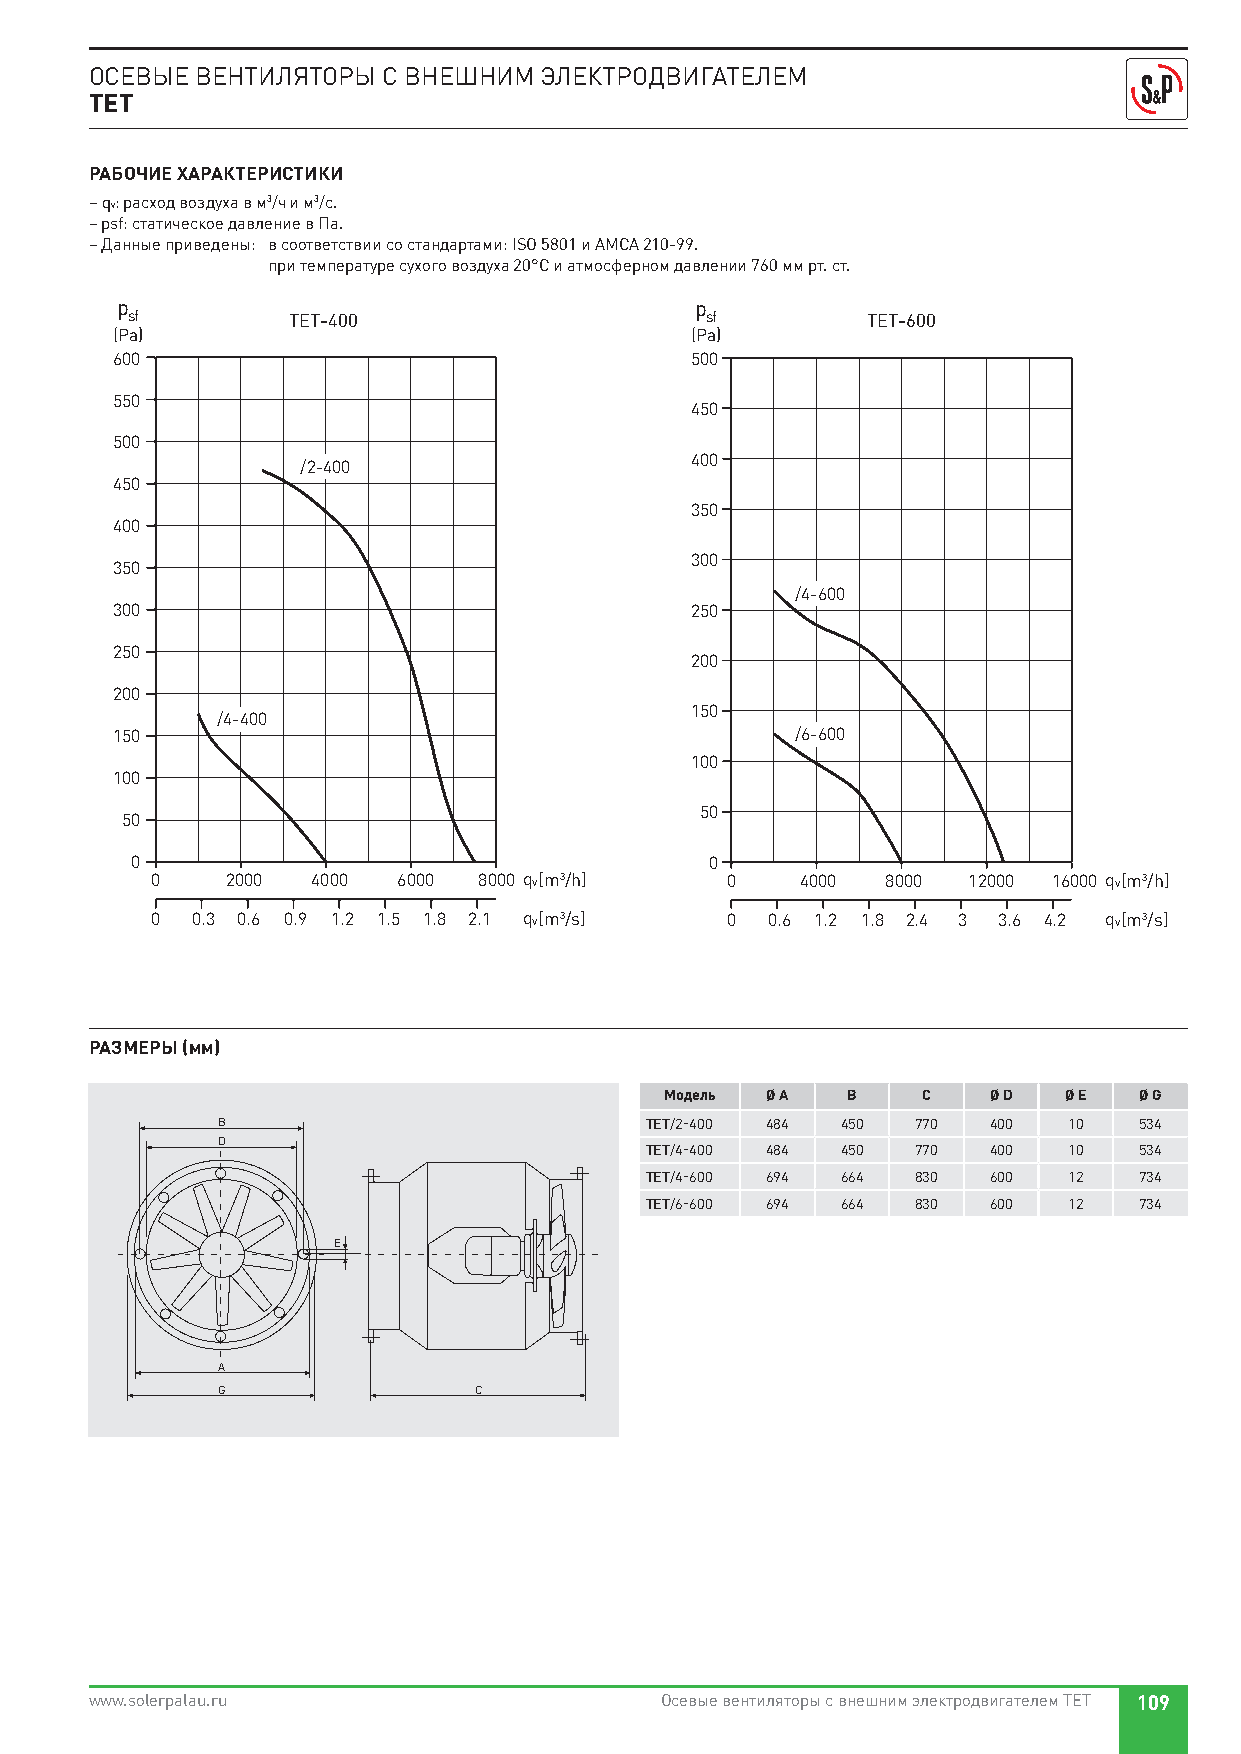
ОСЕВЫЕ ВЕНТИЛЯТОРЫ С ВНЕШНИМ  ЭЛЕКТРОДВИГАТЕЛЕМ
 TET
 РАБОЧИЕ ХАРАКТЕРИСТИКИ
 – qv: расход воздуха в м3/ч и м3/с.
 – psf: статическое давление в Па.
 – Данные приведены: в соответствии со стандартами: ISO 5801 и AMCA 210-99.
 при температуре сухого воздуха 20°C и атмосферном давлении 760 мм рт. ст.
 p     p                                p    p
 sf   sf         TET-400                sf   sf        TET-600
 (mmcda) (Pa)                           (mmcda) (Pa)
 600                                    500
 60                                    50
 550
 55                                       450
 45
 500
 50
 400
 /2-400                 40
 450
 45
 350
 35
 40 400
 35 350                                30 300
 /4-600
 30 300                                25 250
 25 250                                20 200
 20 200
 /4-400                       15 150
 15 150                                          /6-600
 10 100
 10 100
 5 50
 5  50
 0   0                                  0  0
 0    2000  4000 6000  8000 qv[m3/h]   0    4000  8000 12000 16000 qv[m3/h]
 0  0.3 0.6 0.9 1.2 1.5 1.8 2.1 qv[m3/s] 0 0.6 1.2 1.8 2.4 3 3.6 4.2 qv[m3/s]
 РАЗМЕРЫ (мм)
 Модель Ø A  B    C   Ø D  Ø E  Ø G
 B                            TET/2-400 484 450 770 400   10  534
 D
 TET/4-400 484 450 770 400   10  534
 TET/4-600 694 664 830 600   12  734
 TET/6-600 694 664 830 600   12  734
 E
 A
 G                C
 www.solerpalau.ru                     Осевые вентиляторы с внешним электродвигателем TET 109